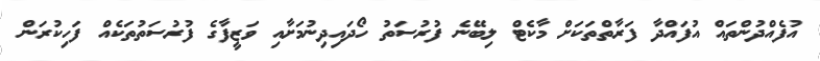
އުފެއްދުންތައް އުފައްދާ ފަރާތްތަކަށް މާކެޓް ލިބޭނެ ފުރުސަތު ހޯދައިދިނުމަށާއި ވަޒީފާގެ ފުރުސަތުތަކެއް ފަހިކުރަން